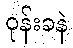
ဝုန်းခနဲ